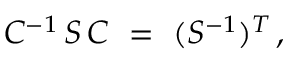
C ^ { - 1 } \, S \, C \ = \ ( S ^ { - 1 } ) ^ { T } \, ,